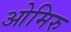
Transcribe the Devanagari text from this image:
ओमिरु